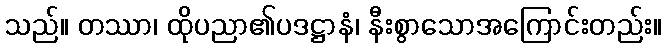
သည်။ တဿာ၊ ထိုပညာ၏ပဒဋ္ဌာနံ၊ နီးစွာသောအကြောင်းတည်း။